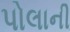
પોલાની